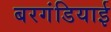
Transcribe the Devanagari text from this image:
बरगंडियाई